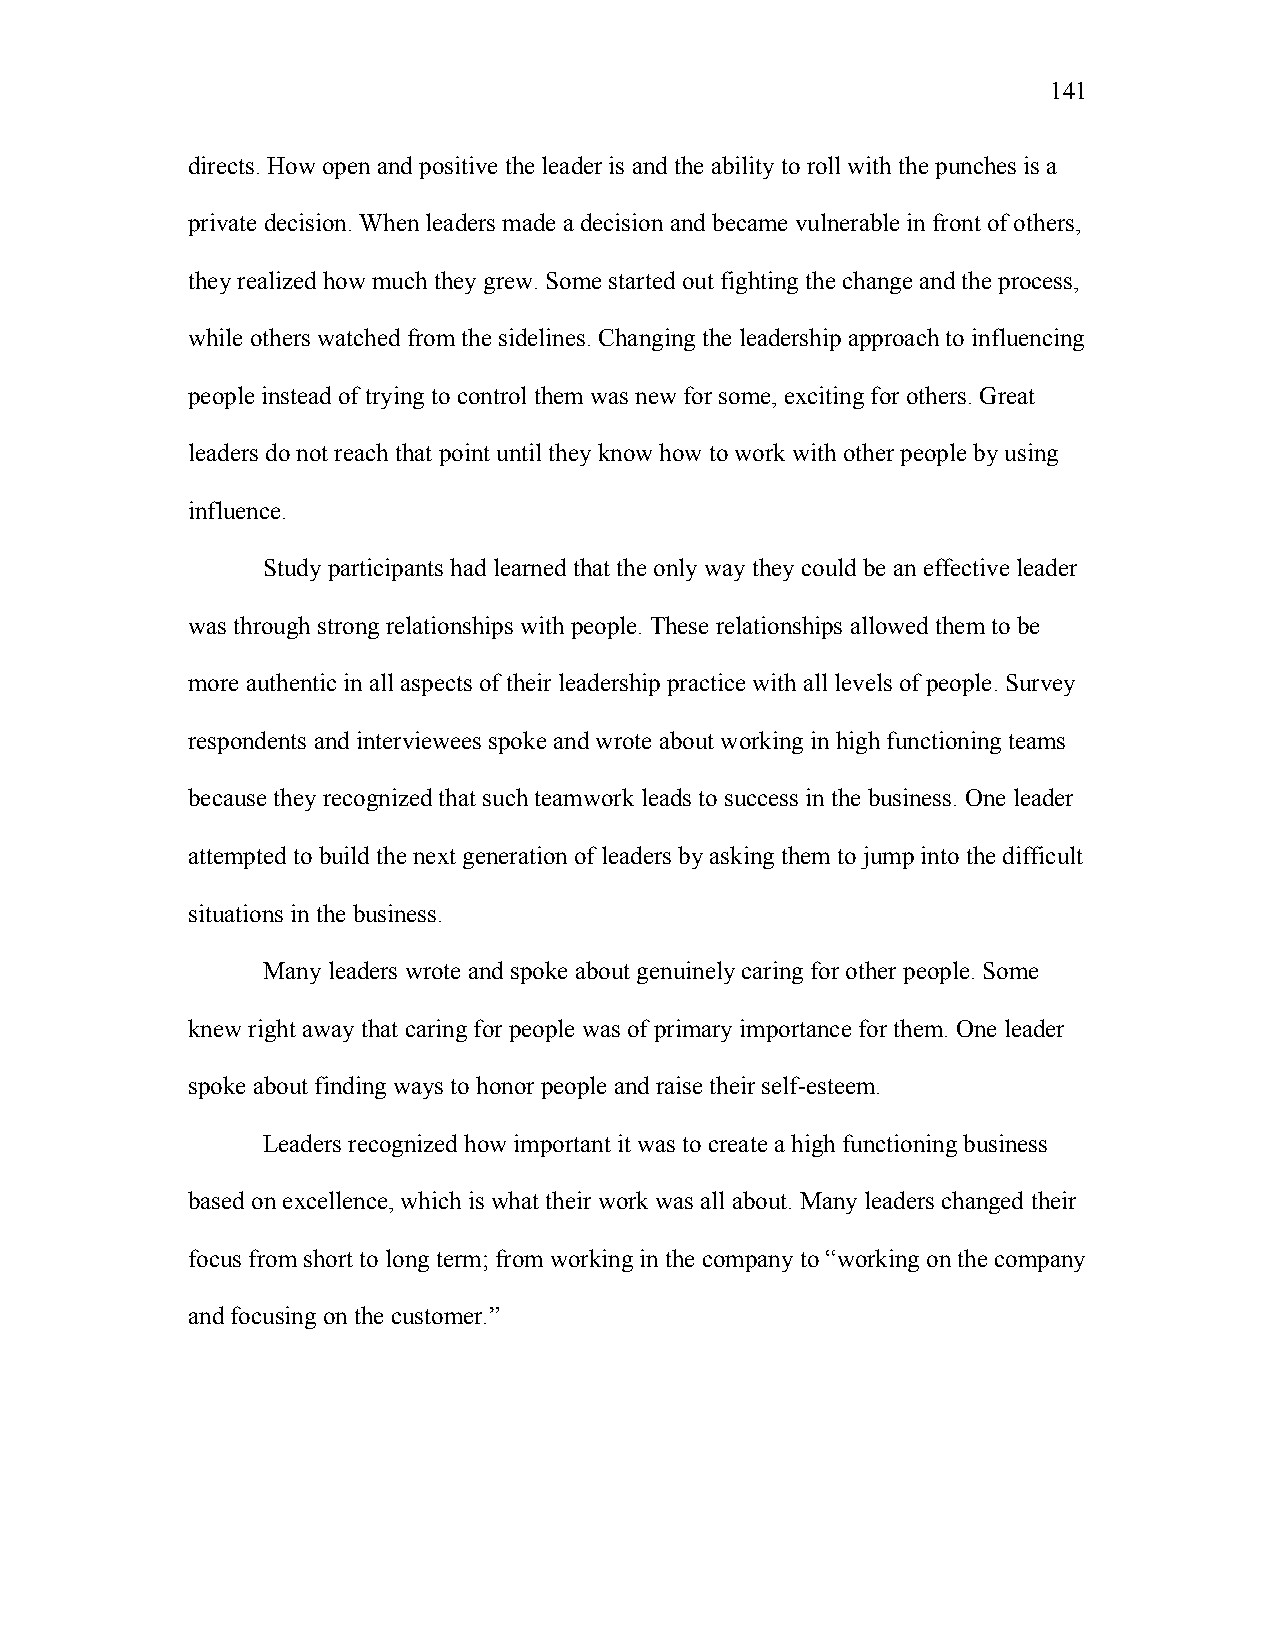
141
 directs. How open and positive the leader is and the ability to roll with the punches is a
 private decision. When leaders made a decision and became vulnerable in front of others,
 they realized how much they grew. Some started out fighting the change and the process,
 while others watched from the sidelines. Changing the leadership approach to influencing
 people instead of trying to control them was new for some, exciting for others. Great
 leaders do not reach that point until they know how to work with other people by using
 influence.
 Study participants had learned that the only way they could be an effective leader
 was through strong relationships with people. These relationships allowed them to be
 more authentic in all aspects of their leadership practice with all levels of people. Survey
 respondents and interviewees spoke and wrote about working in high functioning teams
 because they recognized that such teamwork leads to success in the business. One leader
 attempted to build the next generation of leaders by asking them to jump into the difficult
 situations in the business.
 Many leaders wrote and spoke about genuinely caring for other people. Some
 knew right away that caring for people was of primary importance for them. One leader
 spoke about finding ways to honor people and raise their self-esteem.
 Leaders recognized how important it was to create a high functioning business
 based on excellence, which is what their work was all about. Many leaders changed their
 focus from short to long term; from working in the company to “working on the company
 and focusing on the customer.”